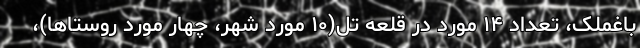
باغملک، تعداد ۱۴ مورد در قلعه تل(۱۰ مورد شهر، چهار مورد روستاها)،